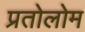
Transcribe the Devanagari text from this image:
प्रतोलोम